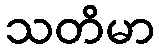
သတိမာ